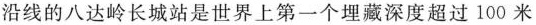
沿线的八达岭长城站是世界上第一个埋藏深度超过100米